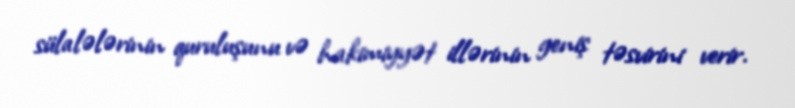
sülalələrinin quruluşunu və hakimiyyət illərinin geniş təsvirini verir.